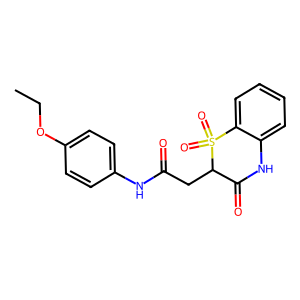
SMILES: CCOc1ccc(NC(=O)CC2C(=O)Nc3ccccc3S2(=O)=O)cc1
Inhibits HIV replication: No